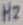
Text: Hz